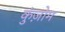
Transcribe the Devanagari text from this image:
कुंज़ोम